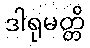
ဒါရုမတ္တိ